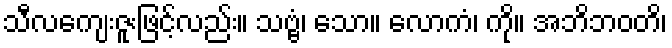
သီလကျေးဇူးဖြင့်လည်း။ သဗ္ဗံ၊ သော။ လောကံ၊ ကို။ အဘိဘဝတိ၊